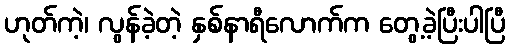
ဟုတ်ကဲ့၊ လွန်ခဲ့တဲ့ နှစ်နာရီလောက်က တွေ့ခဲ့ပြီးပါပြီ